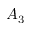
A _ { 3 }